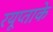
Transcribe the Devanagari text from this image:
रयूप्ताके